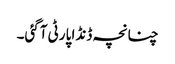
چنانچہ ڈنڈا پارٹی آگئی۔